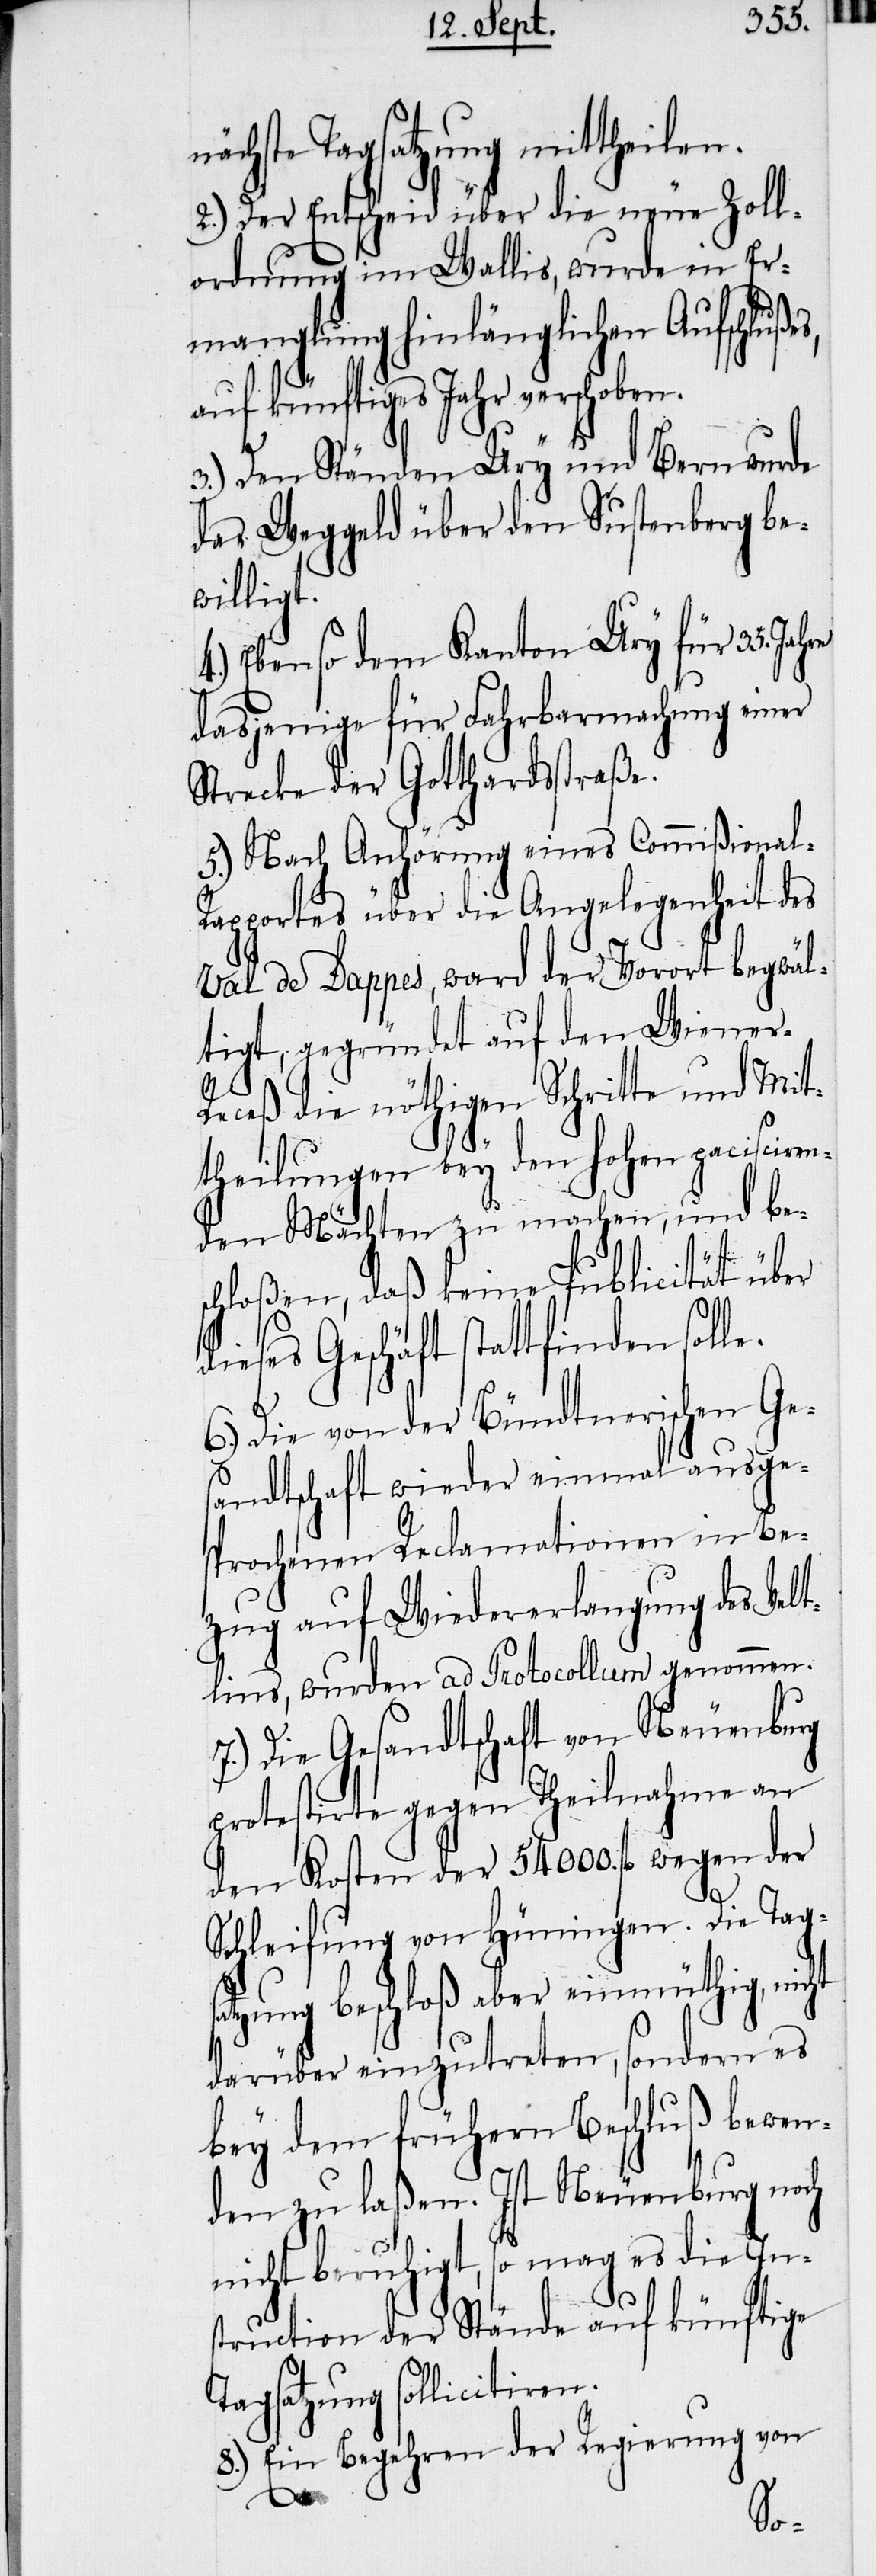
nächste Tagsatzung mittheilen.
2.) Der Entscheid über die neue Zoll¬
ordnung im Wallis, wurde in Er¬
manglung hinlänglichen Aufschlußes,
auf künftiges Jahr verschoben.
3.) Den Ständen Ury und Bern wurde
das Weggeld über den Sustenberg be¬
willigt.
4.) Ebenso dem Kanton Ury für 35. Jah¬
dasjenige für Fahrbarmachung einer
Strecke der Gotthardsstraße.
5.) Nach Anhörung eines Commißional-R¬
apportes über die Angelegenheit des
Val de Dappes, ward der Vorort begwäl¬
tigt, gegründet auf den Wiener-R¬
eceß die nöthigen Schritte und Mit¬
theilungen bey den hohen pacisciren¬
den Mächten zu machen, und bes¬
chloßen, daß keine Publicität über
dieses Geschäft statt finden sol¬
6.) Die von der Bündtnerischen Ges¬
andtschaft wieder einmal ausge¬
sprochenen Reclamationen in Be¬
zug auf Wiedererlangung des Velt¬
lins, wurden ad Protocollum genommen.
Die Gesandtschaft von Neuenburg
protestirte gegen Theilnahme an
den Kosten der 54000. fl wegen der
Schleifung von Hüningen. Die Tags¬
atzung beschloß aber einmüthig, nicht
darüber einzutreten, sondern es
bey dem frühern Beschluß bewen¬
den zu laßen. Ist Neuenburg noch
nicht beruhigt, so mag es die Ins¬
truction der Stände auf künftige
Tagsatzung sollicitiren.
8.) Ein Begehren der Regierung von
re
le.